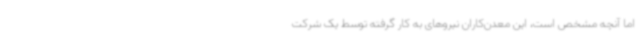
اما آنچه مشخص است، این معدن‌کاران نیروهای به کار گرفته توسط یک شرکت